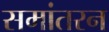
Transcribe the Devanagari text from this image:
समांतरन